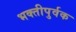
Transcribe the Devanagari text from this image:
भक्‍तीपुर्वक